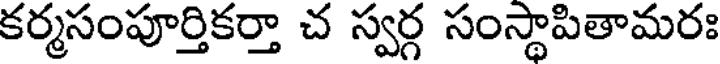
కర్మసంపూర్తికర్తా చ స్వర్గ సంస్థాపితామరః